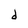
Character: d